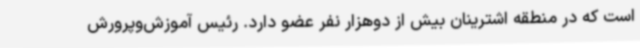
است که در منطقه اشترینان بیش از دوهزار نفر عضو دارد. رئیس آموزش‌وپرورش